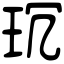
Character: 𤤌